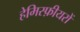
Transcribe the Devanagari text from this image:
हेमिस्फ़ीयरों